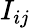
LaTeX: {I_{ij}}